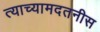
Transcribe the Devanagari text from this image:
त्याच्यामदतनीस